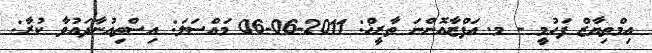
އިމްތިޔާޒް ފަހުމީ - މ. އަފްޒާއޮންނަ ތާރީޚް: 2011-06-06 މައްސަލަ: އިސްތިއުނާދައުވާ ކުރާ: